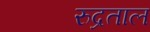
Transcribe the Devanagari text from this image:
रुद्रताल